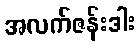
အလက်ဇန်းဒါး